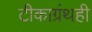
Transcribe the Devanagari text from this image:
टीकाग्रंथही